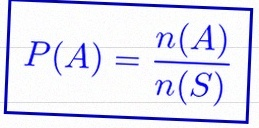
P(A)=\frac{n(A)}{n(S)}